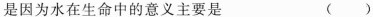
是因为水在生命中的意义主要是 ( )